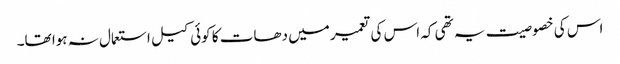
اس کی خصوصیت یہ تھی کہ اس کی تعمیر میں دھات کا کوئی کیل استعمال نہ ہوا تھا۔